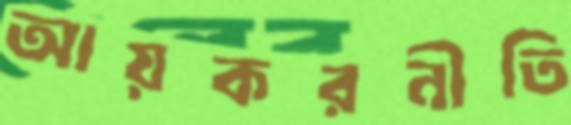
আয়করনীতি